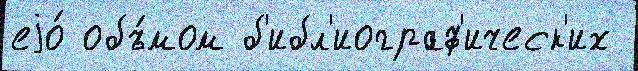
еjо́ объ́мом б'ибл'иограф'ическ'их